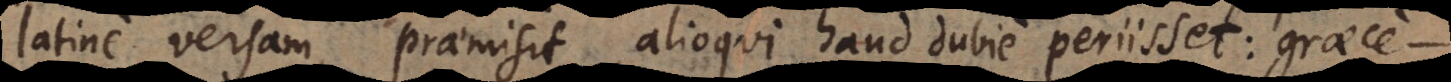
latine versam, praemisit, alioqui haud dubie periisset: graece